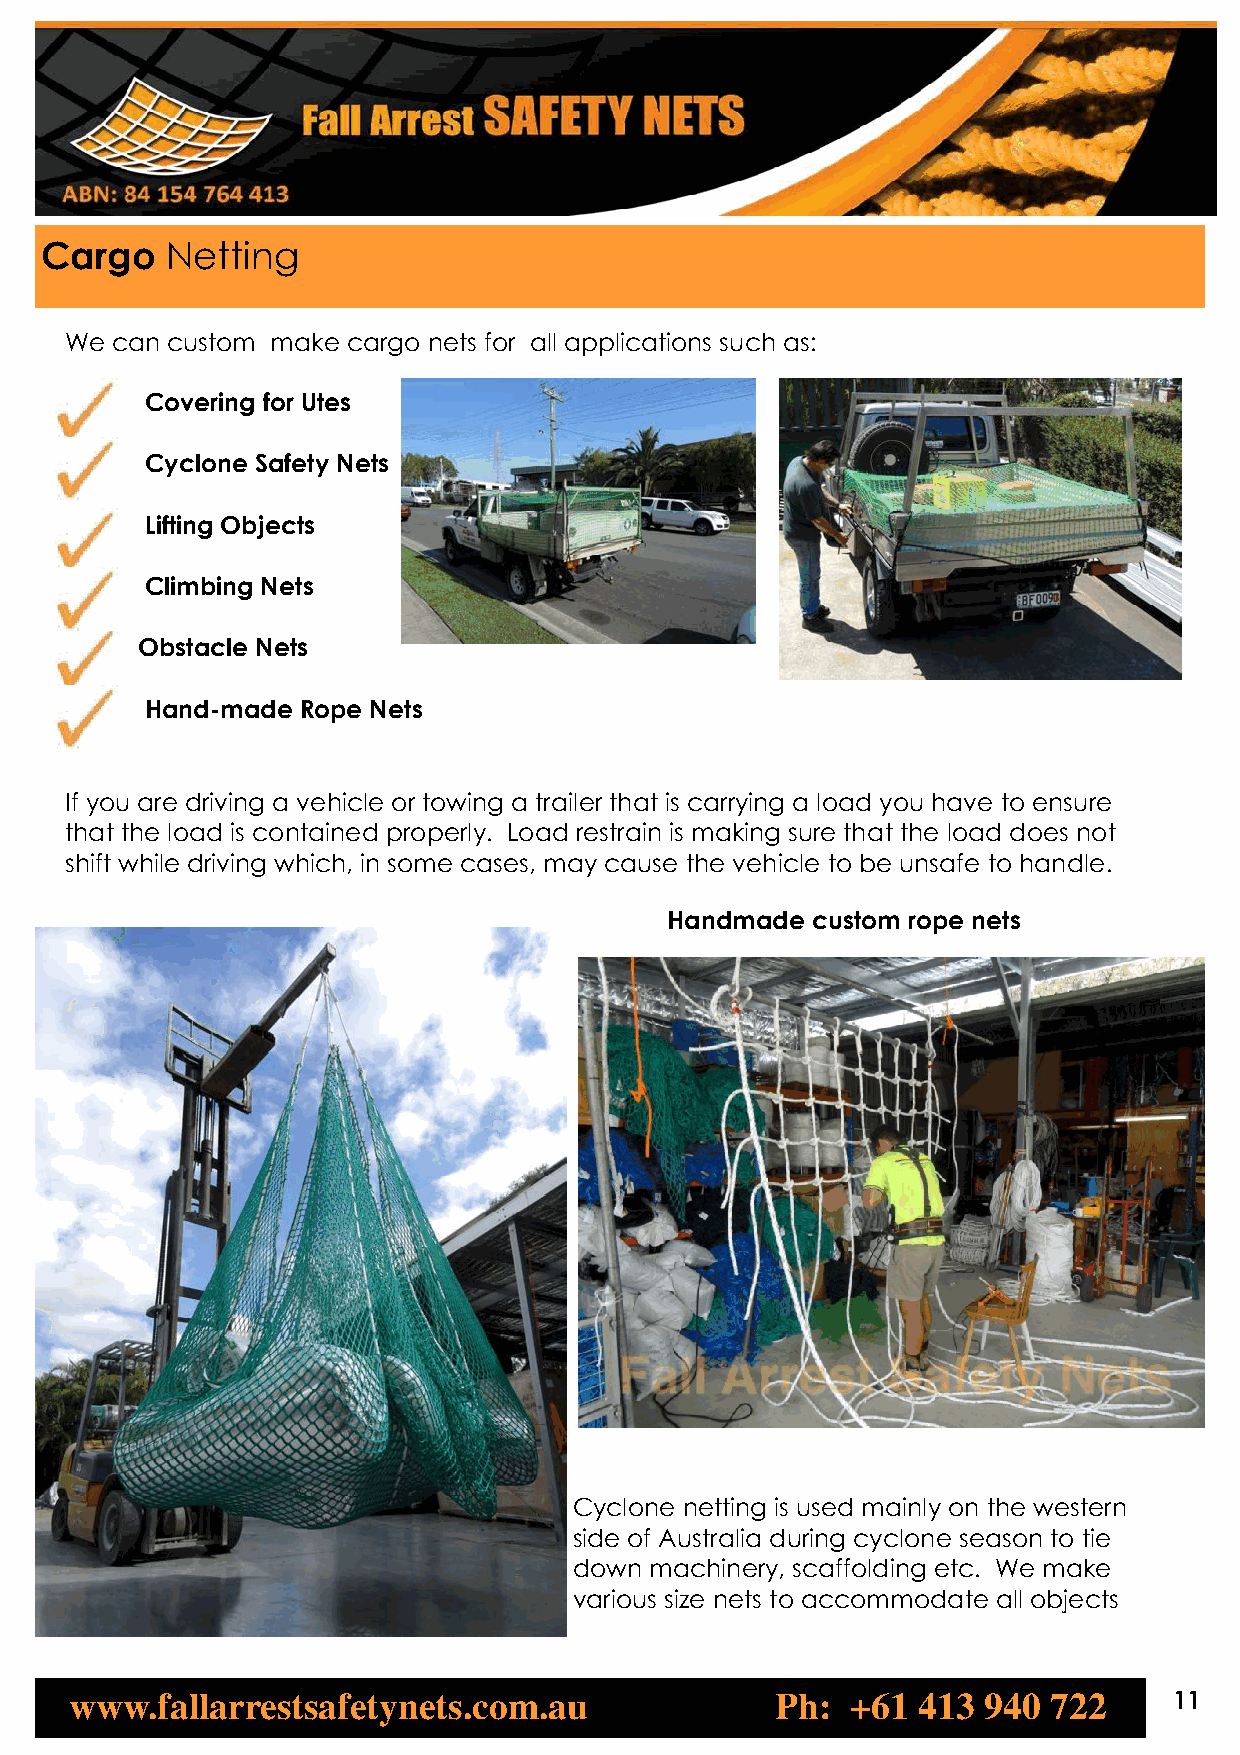
Cargo   Netting
 We can custom make cargo nets for all applications such as:
 Covering for Utes
 Cyclone Safety Nets
 Lifting Objects
 Climbing Nets
 Obstacle Nets
 Hand-made Rope Nets
 If you are driving a vehicle or towing a trailer that is carrying a load you have to ensure
 that the load is contained properly. Load restrain is making sure that the load does not
 shift while driving which, in some cases, may cause the vehicle to be unsafe to handle.
 Handmade  custom rope nets
 Cyclone netting is used mainly on the western
 side of Australia during cyclone season to tie
 down machinery, scaffolding etc. We make
 various size nets to accommodate all objects
 www.fallarrestsafetynets.com.au               Ph:  +61  413 940  722     11